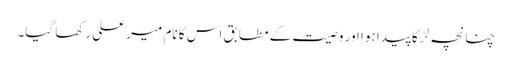
چنانچہ لڑکا پیدا ہوا اور وصیت کے مطابق اس کا نام میر علی رکھا گیا۔